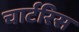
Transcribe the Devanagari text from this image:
चार्टरिस